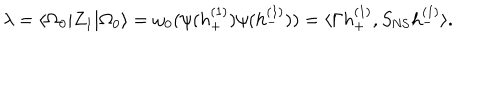
LaTeX: \lambda = \langle \Omega _ { 0 } | Z _ { 1 } | \Omega _ { 0 } \rangle = \omega _ { 0 } ( \psi ( h _ { + } ^ { ( 1 ) } ) \psi ( h _ { - } ^ { ( 1 ) } ) ) = \langle \Gamma h _ { + } ^ { ( 1 ) } , S _ { \mathrm { N S } } h _ { - } ^ { ( 1 ) } \rangle .